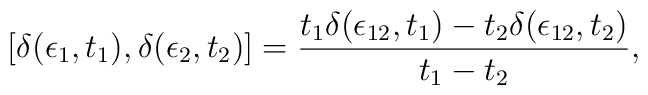
[\delta (\epsilon_1, t_1), \delta (\epsilon_2, t_2)] = {t_1 \delta(\epsilon_{12}, t_1) - t_2 \delta (\epsilon_{12}, t_2)\over t_1 - t_2},